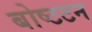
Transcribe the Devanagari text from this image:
बोष्टटन